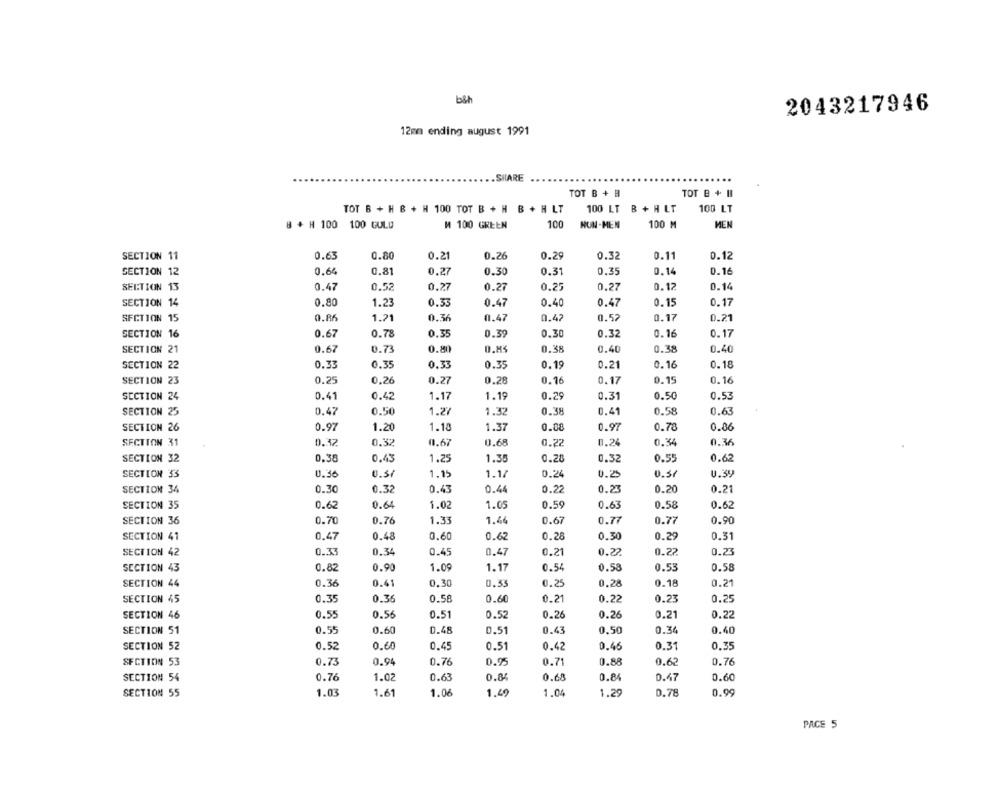
beh
2043217946
12mm ending august 1991
.SHARE
TOT B + B
TOT B + II
TOT B + H B + H 100 TOT B + H B + H LT
100 LT B + H LT
100 LT
8 + H 100 100 GULD
M 100 GREEN
100
HUN-MEN
100 M
MEN
SECTION 11
0.63
0.80
0.21
0.26
0.29
0.32
0.11
0.12
SECTION 12
0.64
0.81
0.27
0.30
0.31
0,35
0.14
0.16
0.27
0.14
SECTION 13
0.47
0.52
0.27
0.25
0.27
0.12
0.80
1.23
0.15
0.17
SECTION 14
0.33
0.47
0.40
0.47
SECTION 15
0.86
1.21
0.36
0.42
0.52
0.17
0.21
0.47
SECTION 16
0.67
0.78
0.16
0.17
0.35
0.39
0.30
0.32
SECTION 21
0.67
0.73
0.80
0.38
0.40
0.38
0.40
SECTION 22
0.33
0.35
0.33
0.35
0.19
0.21
0.16
0.18
SECTION 23
0.25
0,26
0.27
0.28
0.16
0.17
0.15
0.16
SECTION 24
0.41
0.42
1.17
1.19
0.29
0.31
0.50
0.53
SECTION 25
0.47
0.50
1.27
1.32
0.38
0.41
0.58
0.63
SECTION 26
0.97
1.20
1.18
1.37
0.88
0.97
0.70
0.86
SECTION 31
0.32
0.32
01.67
0.68
0.22
0.24
0.34
0.36
SECTION 32
0.38
0.43
1.25
1.35
0.28
0.32
0.55
0.62
SECTION 33
0.30
0.37
1.15
1.17
0.24
0.25
0.57
0.3V
SECTION 34
0.30
0.32
0.43
0.44
0.22
0.23
0.20
0.21
SECTION 35
0.62
0.64
1.02
1.05
0.59
0.63
0.58
0.62
SECTION 36
0.70
0.76
1.33
1.44
0.67
0.77
0.77
0.90
SECTION 41
0.47
0.48
0.60
0.62
0.28
0.30
0.29
0.51
SECTION 42
0.33
0.34
0.45
0.47
0.21
0.22
0.22
0.23
SECTION 43
0.82
0.90
1.09
1.17
0.54
0.58
0.53
0.58
SECTION 44
0.36
0.41
0.30
0.33
0.25
0.28
0.18
0.21
SECTION 45
0.35
0.36
0.58
0.60
0.21
0.22
0.23
0.25
SECTION 46
0.55
0.56
0.51
0.52
0.26
0.26
0.21
0.22
SECTION 51
0.55
0.60
0.48
0.51
0.43
0,50
0.34
0.40
SECTION 52
0.52
0.60
0.45
0.51
0.42
0.46
0.31
0.35
SECTION 53
0.73
0.94
0.76
0.95
0.71
0.88
0.62
0.76
SECTION 54
0.76
1.02
0.63
0.84
0.68
0.84
0.47
0.60
SECTION 55
1.03
1.61
1.06
1.49
1.04
1.29
0.78
0.99
PAGE 5